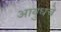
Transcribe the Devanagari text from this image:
आयुधचे